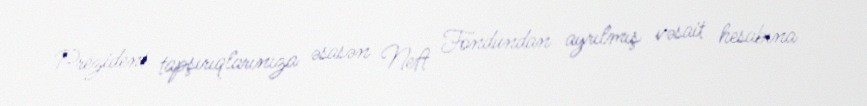
Prezident tapşırıqlarınıza əsasən Neft Fondundan ayrılmış vəsait hesabına